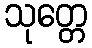
သုတ္တေ